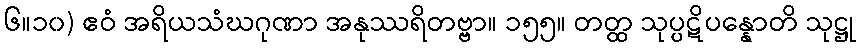
၆။၁၀) ဧဝံ အရိယသံဃဂုဏာ အနုဿရိတဗ္ဗာ။ ၁၅၅။ တတ္ထ သုပ္ပဋိပန္နောတိ သုဋ္ဌု